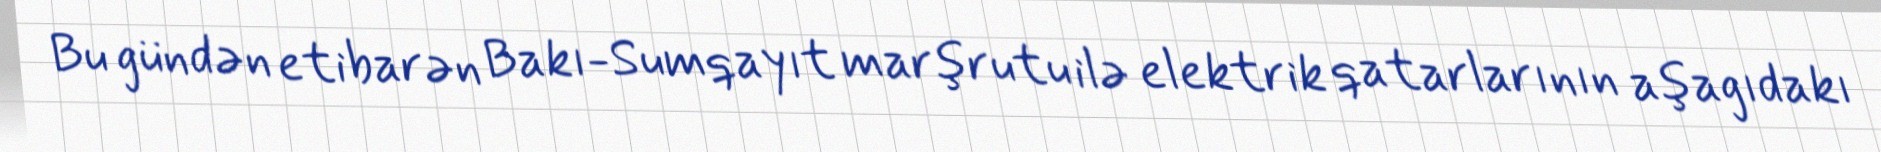
Bu gündən etibarən Bakı-Sumqayıt marşrutu ilə elektrik qatarlarının aşagıdakı